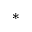
^ *